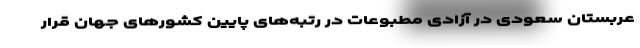
عربستان سعودی در آزادی مطبوعات در رتبه‌های پایین کشورهای جهان قرار